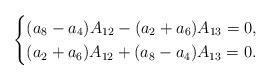
LaTeX: \begin{align*}\begin{cases}(a_8-a_4)A_{12}-(a_2+a_6)A_{13}=0,\\(a_2+a_6)A_{12}+(a_8-a_4)A_{13}=0.\end{cases}\end{align*}